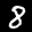
Label: 8